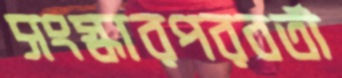
সংস্কারপরবর্তী